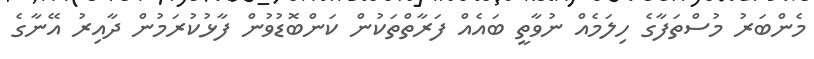
މެންބަރު މުސްތަފާގެ ހިލަމެއް ނުވާތީ ބައެއް ފަރާތްތަކުން ކަންބޮޑުވުން ފާޅުކުރަމުން ދާއިރު އޭނާގެ